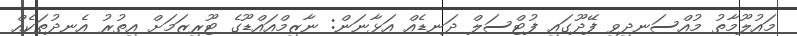
މައުލޫމާތު މުއްސަނދިވި ފޭދޫގައި ފުޓްސަލް ދަނޑެއް އަޅާނަން: ނާޒިމްއައްޑޫގެ ޓޫރިޒަމަށް އިތުރު އެނދުތަކެއް